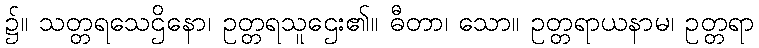
၌။ သတ္တရသေဌိနော၊ ဥတ္တရသူဌေး၏။ ဓီတာ၊ သော။ ဥတ္တရာယနာမ၊ ဥတ္တရာ